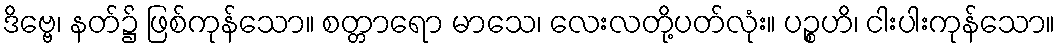
ဒိဗ္ဗေ၊ နတ်၌ ဖြစ်ကုန်သော။ စတ္တာရော မာသေ၊ လေးလတို့ပတ်လုံး။ ပဉ္စဟိ၊ ငါးပါးကုန်သော။